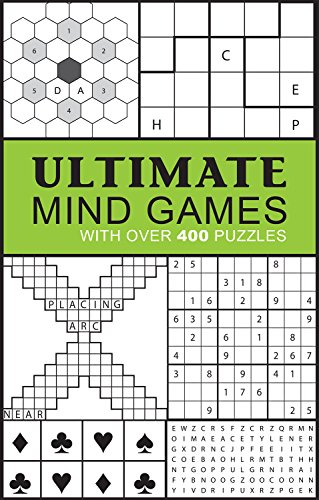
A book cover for Ultimate Mind Games: With Over 400 Puzzles (Puzzle Books); Parragon Books; Humor & Entertainment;